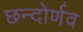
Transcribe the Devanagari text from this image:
छन्दोर्णव